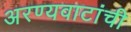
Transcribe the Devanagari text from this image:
अरण्यवाटांची